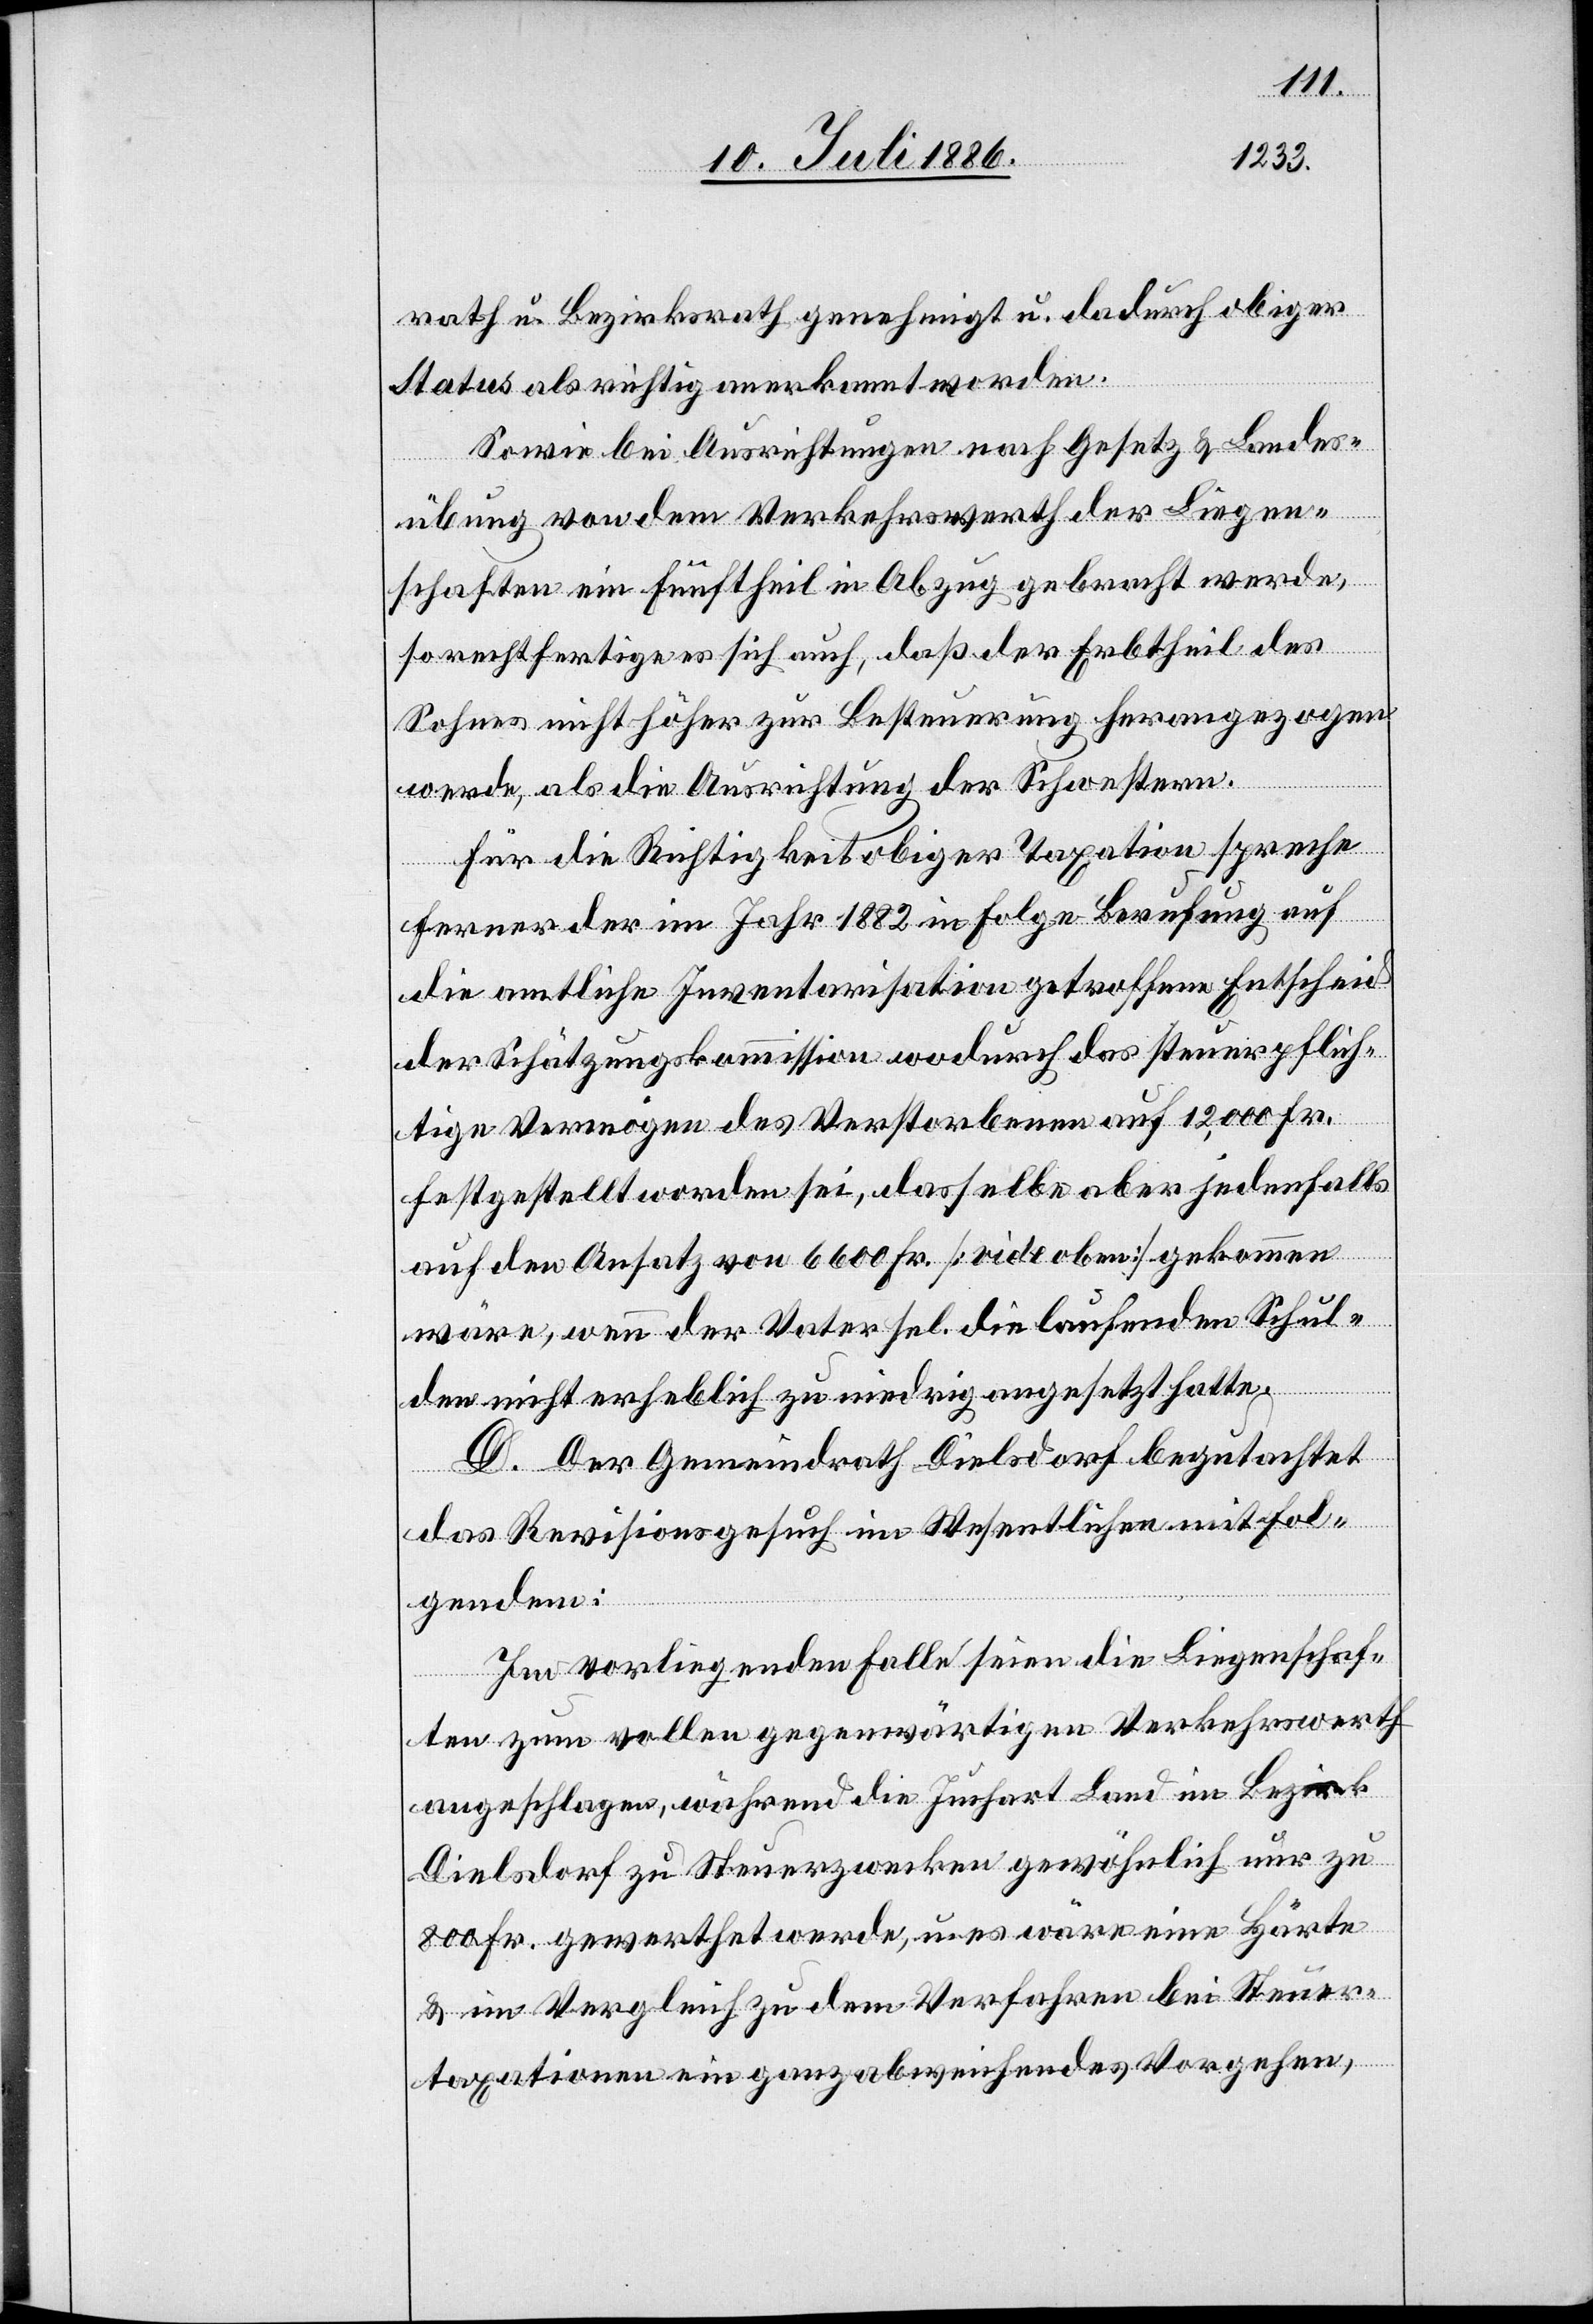
rath u. Bezirksrath genehmigt u. dadurch obiger
Status als richtig anerkannt worden.
Sowie bei Ausrichtung nach Gesetz & Landes¬
übung von dem Verkehrswerth der Liegen¬
schaften ein Fünftheil in Abzug gebracht werde,
so rechtfertige es sich auch, daß der Erbtheil des
Sohnes nicht höher zu Besteuerung herangezogen
werde, als die Ausrichtung der Schwestern.
Für die Richtigkeit obiger Taxation spreche
ferner der im Jahr 1882 in Folge Berufung auf
die amtliche Inventarisation getroffene Entscheid
der Schätzungskommission wodurch das steuerpflich¬
tige Vermögen des Verstorbenen auf 12,000 Fr.
festgestellt worden sei, dasselbe aber jedenfalls
auf den Ansatz von 6600 Fr. [vide oben] gekommen
wäre, wenn der Vater sel. die laufenden Schul¬
den nicht erheblich zu niedrig angesetzt hatte
D. Der Gemeindrath Dielsdorf begutachtet
das Revisionsgesuch im Wesentlichen mit Fol¬
gendem:
Im vorliegenden Falle seien die Liegenschaf¬
ten zum vollen gegenwärtigen Verkehrswerth
angeschlagen, während die Juchart Land im Bezirk
Dielsdorf zu Steuerzwecken gewöhnlich nur zu
800 Fr. gewerthet werde, u. es wäre eine Härte
& im Vergleich zu dem Verfahren bei Steuer¬
taxationen ein ganz abweichendes Vorgehen,